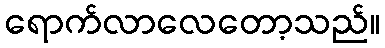
ရောက်လာလေတော့သည်။